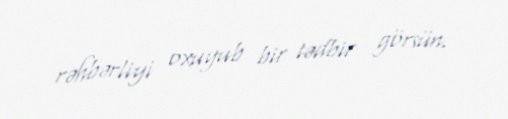
rəhbərliyi oxuyub bir tədbir görsün.